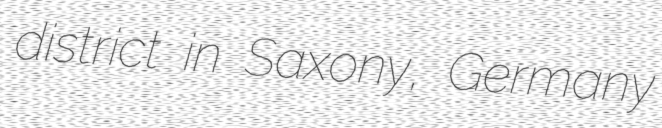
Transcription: district in Saxony, Germany